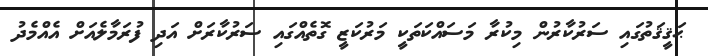
ޙަޤީޤަތުގައި ސަރުކާރުން މިކުރާ މަސައްކަތަކީ މަރުކަޒީ ގޮތެއްގައި ސަރުކާރަށް އަދި ފުރަމާލެއަށް އެއްމެދު